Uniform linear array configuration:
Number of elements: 64
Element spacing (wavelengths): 1
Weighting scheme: binomial
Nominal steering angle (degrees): -15
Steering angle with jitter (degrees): -16.127
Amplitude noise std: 0.05
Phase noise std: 0.05

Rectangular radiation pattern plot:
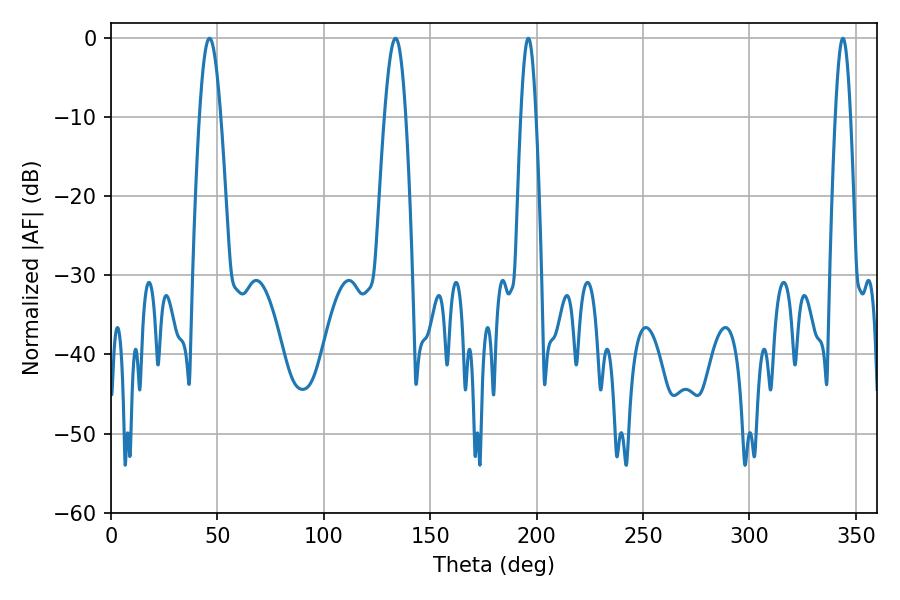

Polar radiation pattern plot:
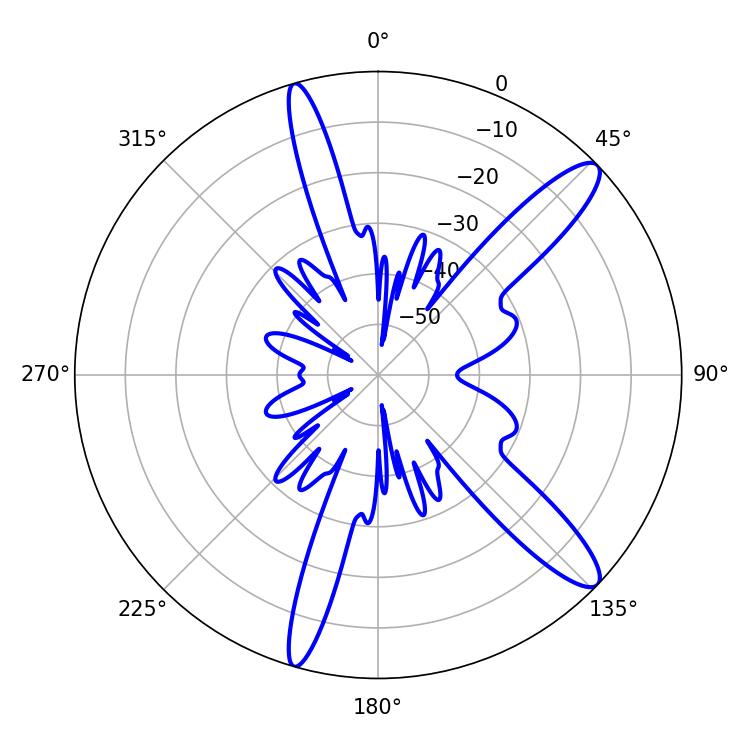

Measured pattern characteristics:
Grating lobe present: TRUE
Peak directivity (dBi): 12.647
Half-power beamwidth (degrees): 5.22
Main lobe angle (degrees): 46.26